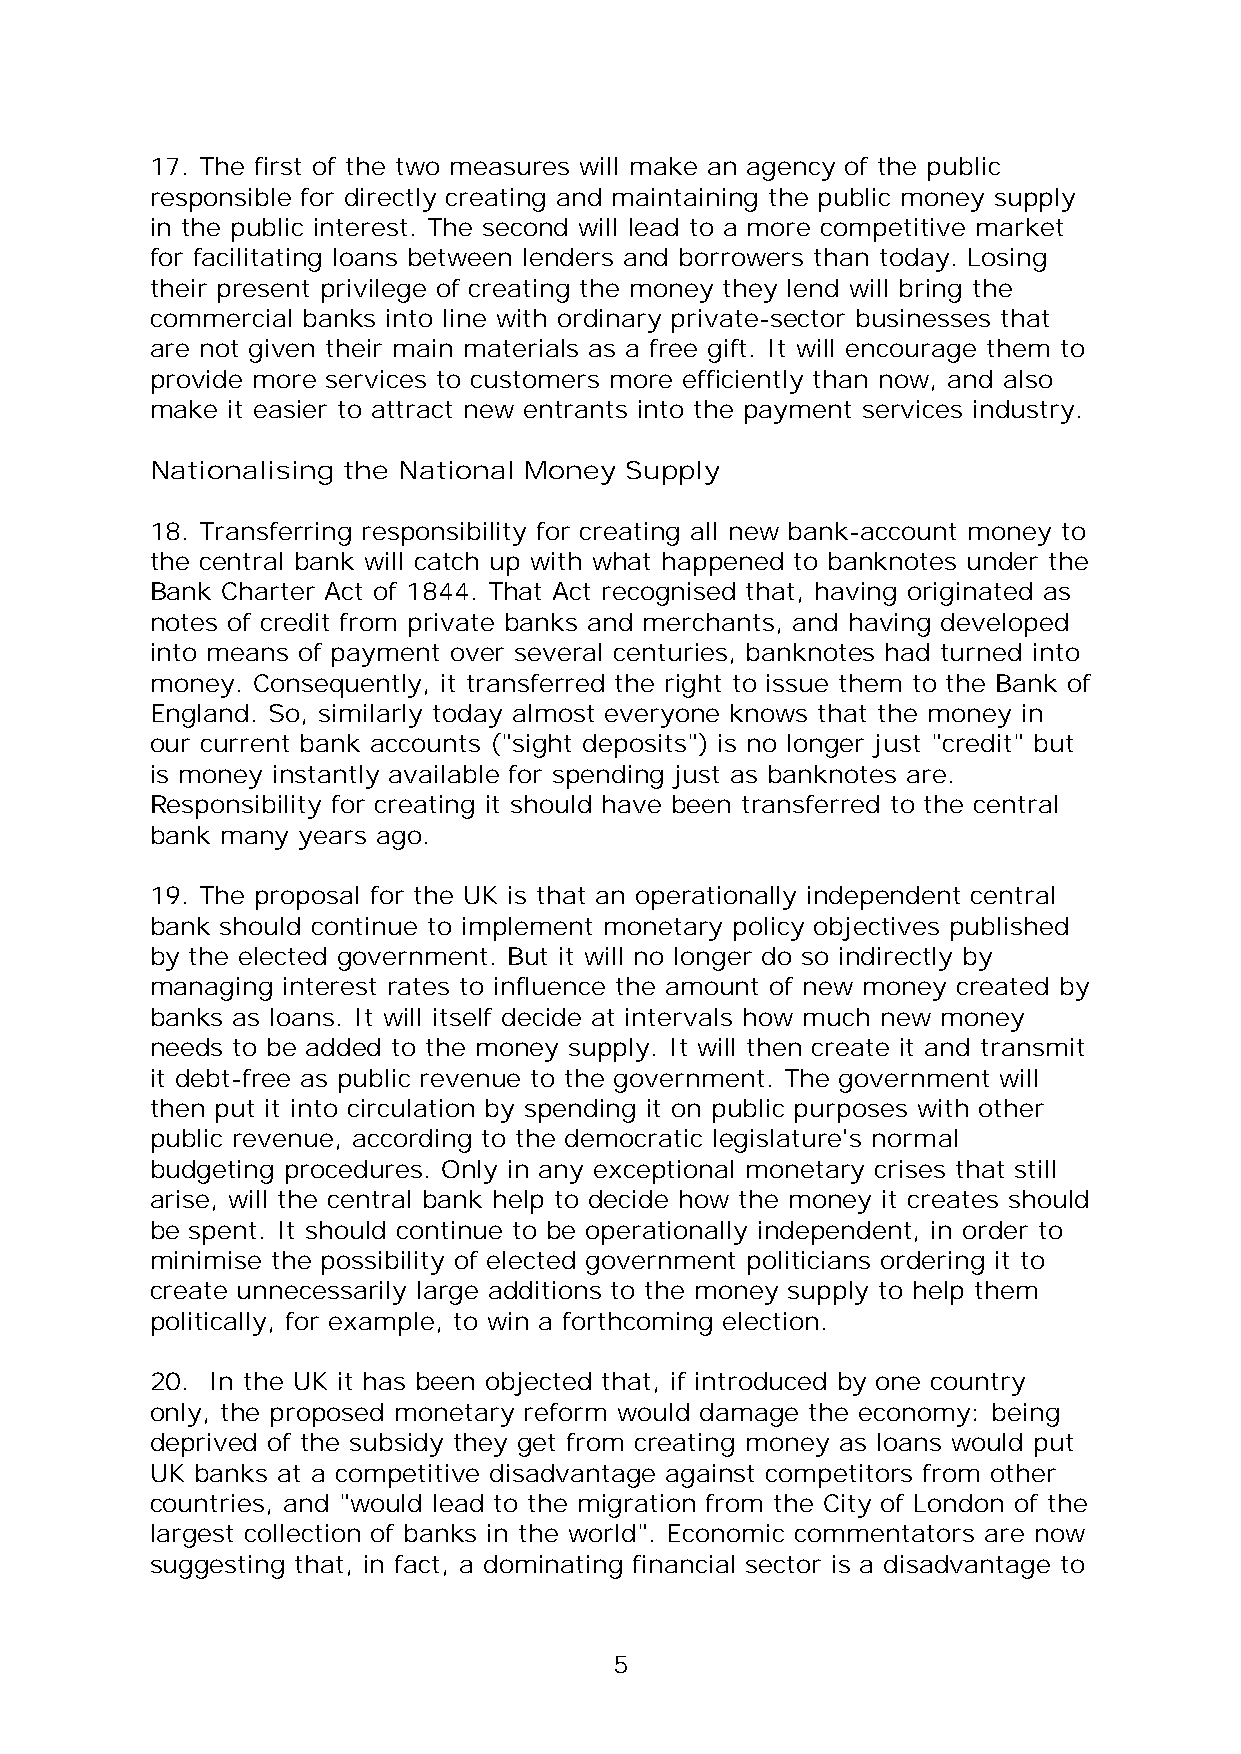
17. The first of the two measures will make an agency of the public
 responsible for directly creating and maintaining the public money supply
 in the public interest. The second will lead to a more competitive market
 for facilitating loans between lenders and borrowers than today. Losing
 their present privilege of creating the money they lend will bring the
 commercial banks into line with ordinary private-sector businesses that
 are not given their main materials as a free gift. It will encourage them to
 provide more services to customers more efficiently than now, and also
 make it easier to attract new entrants into the payment services industry.
 Nationalising the National Money Supply
 18. Transferring responsibility for creating all new bank-account money to
 the central bank will catch up with what happened to banknotes under the
 Bank Charter Act of 1844. That Act recognised that, having originated as
 notes of credit from private banks and merchants, and having developed
 into means of payment over several centuries, banknotes had turned into
 money. Consequently, it transferred the right to issue them to the Bank of
 England. So, similarly today almost everyone knows that the money in
 our current bank accounts ("sight deposits") is no longer just "credit" but
 is money instantly available for spending just as banknotes are.
 Responsibility for creating it should have been transferred to the central
 bank many years ago.
 19. The proposal for the UK is that an operationally independent central
 bank should continue to implement monetary policy objectives published
 by the elected government. But it will no longer do so indirectly by
 managing interest rates to influence the amount of new money created by
 banks as loans. It will itself decide at intervals how much new money
 needs to be added to the money supply. It will then create it and transmit
 it debt-free as public revenue to the government. The government will
 then put it into circulation by spending it on public purposes with other
 public revenue, according to the democratic legislature's normal
 budgeting procedures. Only in any exceptional monetary crises that still
 arise, will the central bank help to decide how the money it creates should
 be spent. It should continue to be operationally independent, in order to
 minimise the possibility of elected government politicians ordering it to
 create unnecessarily large additions to the money supply to help them
 politically, for example, to win a forthcoming election.
 20. In the UK it has been objected that, if introduced by one country
 only, the proposed monetary reform would damage the economy: being
 deprived of the subsidy they get from creating money as loans would put
 UK banks at a competitive disadvantage against competitors from other
 countries, and "would lead to the migration from the City of London of the
 largest collection of banks in the world". Economic commentators are now
 suggesting that, in fact, a dominating financial sector is a disadvantage to
 5